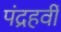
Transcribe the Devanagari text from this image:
पंद्रहवीँ